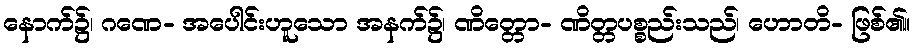
နောက်၌၊ ဂဏေ- အပေါင်းဟူသော အနက်၌၊ ဏိတ္တော- ဏိတ္တပစ္စည်းသည်၊ ဟောတိ- ဖြစ်၏။